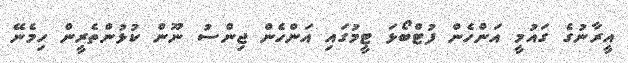
އީރާނުގެ ގައުމީ އަންހެން ފުޓްބޯޅަ ޓީމުގައި އަންހެން ޖިންސު ނޫން ކުޅުންތެރީން ހިމެނޭ